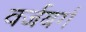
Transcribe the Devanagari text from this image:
वर्जबर्ग